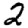
Digit: 2